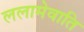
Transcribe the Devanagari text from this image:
ललामेवाति